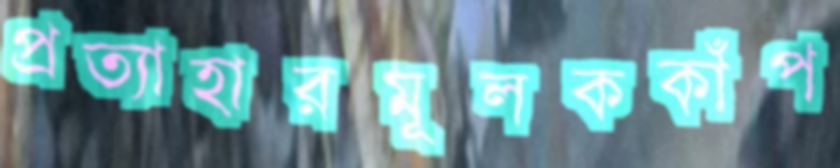
প্রত্যাহারমূলককাঁপ